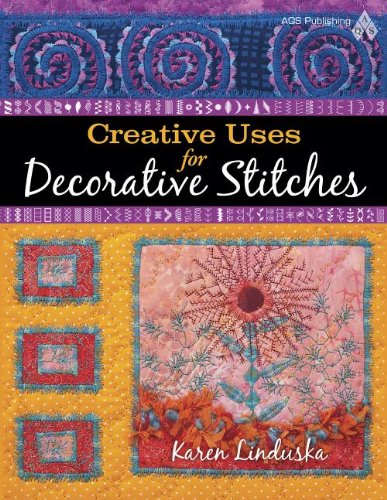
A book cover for Creative Uses for Decorative Stitches; Linduska; Crafts, Hobbies & Home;